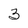
Character: 3